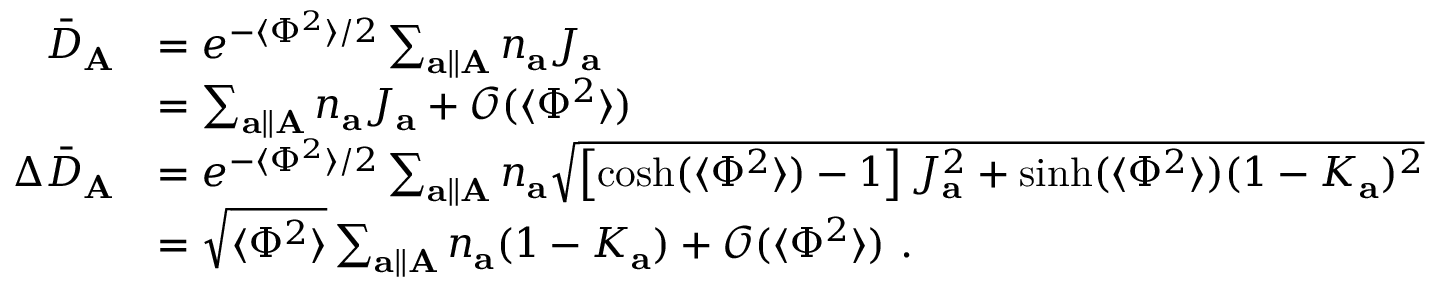
\begin{array} { r l } { \bar { D } _ { \mathbf { A } } } & { = e ^ { - \langle \Phi ^ { 2 } \rangle / 2 } \sum _ { \mathbf { a } \parallel \mathbf { A } } n _ { \mathbf { a } } J _ { \mathbf { a } } } \\ & { = \sum _ { \mathbf { a } \parallel \mathbf { A } } n _ { \mathbf { a } } J _ { \mathbf { a } } + \mathcal { O } ( \langle \Phi ^ { 2 } \rangle ) } \\ { \Delta \bar { D } _ { \mathbf { A } } } & { = e ^ { - \langle \Phi ^ { 2 } \rangle / 2 } \sum _ { \mathbf { a } \parallel \mathbf { A } } n _ { \mathbf { a } } \sqrt { \left[ \cosh ( \langle \Phi ^ { 2 } \rangle ) - 1 \right] J _ { \mathbf { a } } ^ { 2 } + \sinh ( \langle \Phi ^ { 2 } \rangle ) ( 1 - K _ { \mathbf { a } } ) ^ { 2 } } } \\ & { = \sqrt { \langle \Phi ^ { 2 } \rangle } \sum _ { \mathbf { a } \parallel \mathbf { A } } n _ { \mathbf { a } } ( 1 - K _ { \mathbf { a } } ) + \mathcal { O } ( \langle \Phi ^ { 2 } \rangle ) ~ . } \end{array}